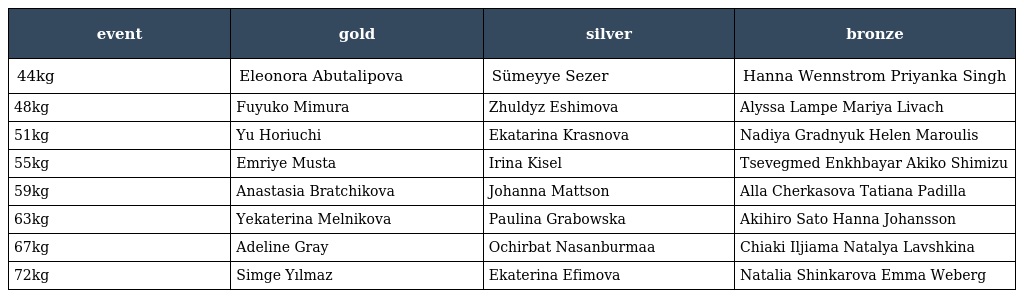
| event | gold | silver | bronze |
 | --- | --- | --- | --- |
 | 44kg | Eleonora Abutalipova | Sümeyye Sezer | Hanna Wennstrom Priyanka Singh |
 | 48kg | Fuyuko Mimura | Zhuldyz Eshimova | Alyssa Lampe Mariya Livach |
 | 51kg | Yu Horiuchi | Ekatarina Krasnova | Nadiya Gradnyuk Helen Maroulis |
 | 55kg | Emriye Musta | Irina Kisel | Tsevegmed Enkhbayar Akiko Shimizu |
 | 59kg | Anastasia Bratchikova | Johanna Mattson | Alla Cherkasova Tatiana Padilla |
 | 63kg | Yekaterina Melnikova | Paulina Grabowska | Akihiro Sato Hanna Johansson |
 | 67kg | Adeline Gray | Ochirbat Nasanburmaa | Chiaki Iljiama Natalya Lavshkina |
 | 72kg | Simge Yılmaz | Ekaterina Efimova | Natalia Shinkarova Emma Weberg |